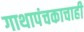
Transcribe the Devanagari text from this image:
गाथापंचकाचाही